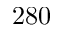
2 8 0